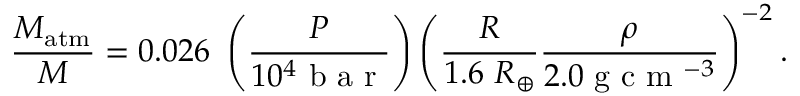
\frac { M _ { \mathrm { a t m } } } { M } = 0 . 0 2 6 ~ \left( \frac { P } { 1 0 ^ { 4 } \mathrm { ~ b ~ a ~ r ~ } } \right) \left( \frac { R } { 1 . 6 ~ R _ { \oplus } } \frac { \rho } { 2 . 0 \mathrm { ~ g ~ c ~ m ~ } ^ { - 3 } } \right) ^ { - 2 } .